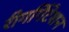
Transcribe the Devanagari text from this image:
रीगर्गिटेशन